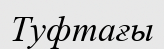
Туфтағы